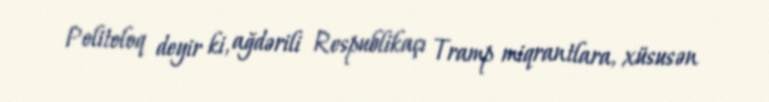
Politoloq deyir ki, ağdərili Respublikaçı Tramp miqrantlara, xüsusən